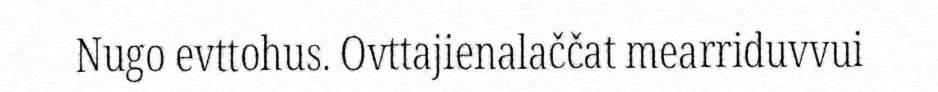
Nugo evttohus. Ovttajienalaččat mearriduvvui